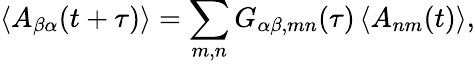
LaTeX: \left\langle A_{\beta\alpha}(t+\tau)\right\rangle=\sum_{m,n}G_{\alpha\beta,mn}(\tau)\left\langle A_{nm}(t)\right\rangle,